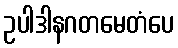
ဥပါဒါနဂတမေတံပေ